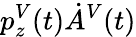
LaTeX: p_{z}^{V}(t)\dot{A}^{V}(t)